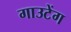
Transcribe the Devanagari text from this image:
गाउटेंग